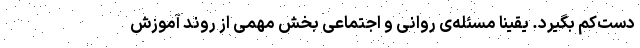
دست‌کم بگیرد. یقینا مسئله‌ی روانی و اجتماعی بخش مهمی از روند آموزش